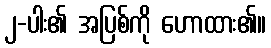
၂-ပါး၏ အပြစ်ကို ဟောထား၏။